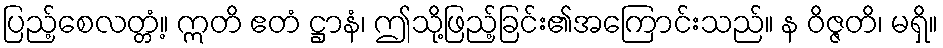
ပြည့်စေလတ္တံ့။ ဣတိ ဧတံ ဋ္ဌာနံ၊ ဤသို့ဖြည့်ခြင်း၏အကြောင်းသည်။ န ဝိဇ္ဇတိ၊ မရှိ။